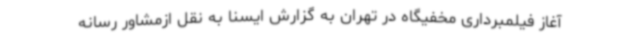
آغاز فیلمبرداری مخفیگاه در تهران به گزارش ایسنا به نقل ازمشاور رسانه